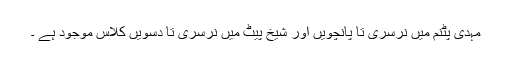
مہدی پٹنم میں نرسری تا پانچویں اور شیخ پیٹ میں نرسری تا دسویں کلاس موجود ہے ۔